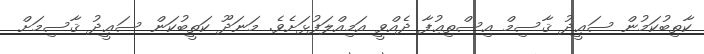
ކާތިބުކަމުން ސަޢީދު ޤާސިމް އިސްތިޢުފާ ދެއްވީ އަމިއްލަފުޅަށެވެ. މަނަދޫ ކަތީބުކަން ސަޢީދު ޤާސިމަށް